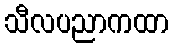
သီလပညာကထာ